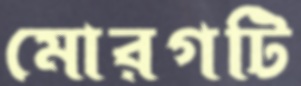
মোরগটি